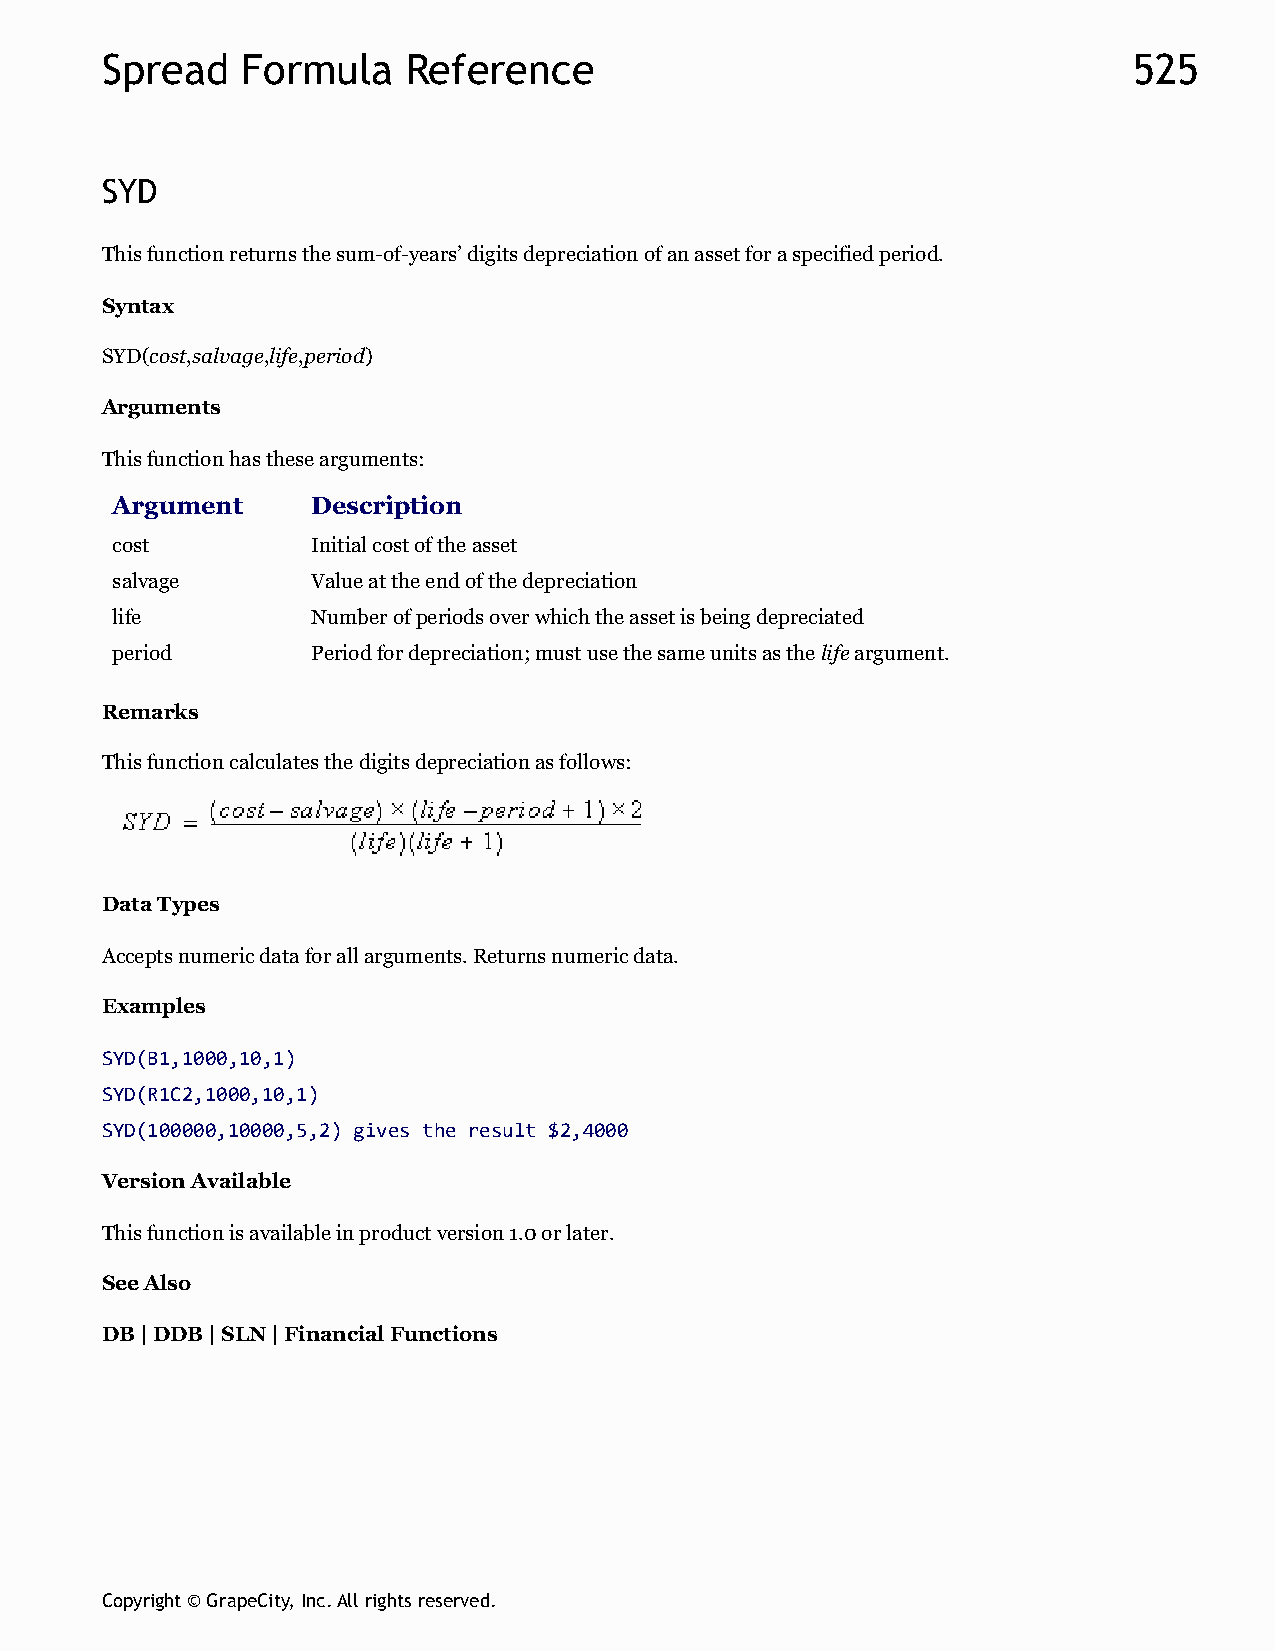
Spread   Formula    Reference                                       525
 SYD
 This function returns the sum-of-years’ digits depreciation of an asset for a specified period.
 Syntax
 SYD(cost,salvage,life,period)
 Arguments
 This function has these arguments:
 Argument      Description
 cost          Initial cost of the asset
 salvage       Value at the end of the depreciation
 life          Number of periods over which the asset is being depreciated
 period        Period for depreciation; must use the same units as the life argument.
 Remarks
 This function calculates the digits depreciation as follows:
 Data Types
 Accepts numeric data for all arguments. Returns numeric data.
 Examples
 SYD(B1,1000,10,1)
 SYD(R1C2,1000,10,1)
 SYD(100000,10000,5,2) gives the result $2,4000
 Version Available
 This function is available in product version 1.0 or later.
 See Also
 DB | DDB | SLN | Financial Functions
 Copyright © GrapeCity, Inc. All rights reserved.